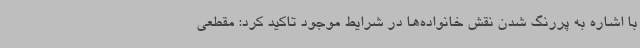
با اشاره به پررنگ شدن نقش خانواده‌ها در شرایط موجود تاکید کرد: مقطعی